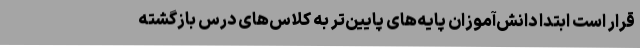
قرار است ابتدا دانش‌آموزان پایه‌های پایین‌تر به کلاس‌های درس بازگشته